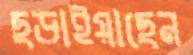
ছড়াইয়াছেন